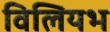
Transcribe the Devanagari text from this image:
विलियभ